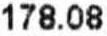
178.08